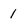
Character: 1